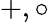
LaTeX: +,\circ